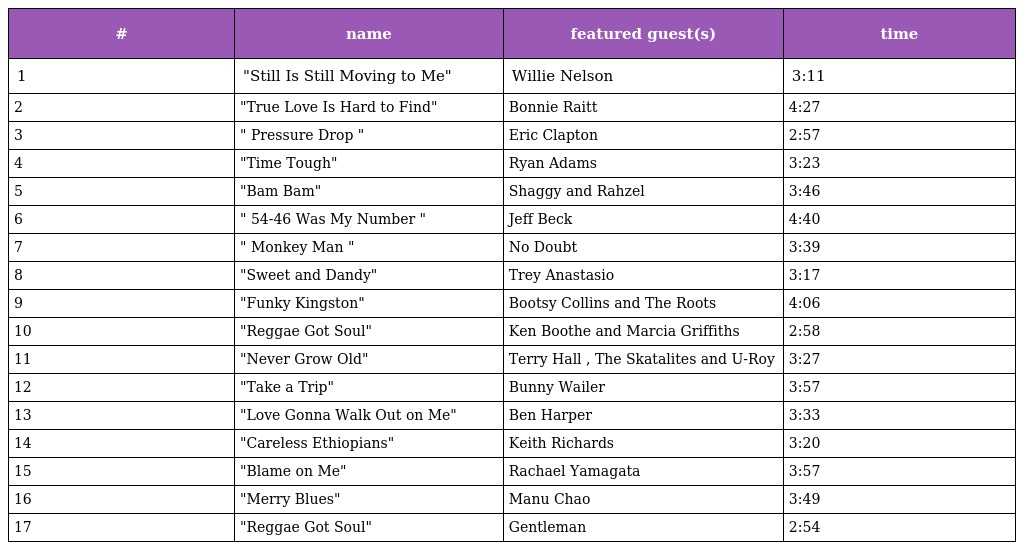
| # | name | featured guest(s) | time |
 | --- | --- | --- | --- |
 | 1 | "Still Is Still Moving to Me" | Willie Nelson | 3:11 |
 | 2 | "True Love Is Hard to Find" | Bonnie Raitt | 4:27 |
 | 3 | " Pressure Drop " | Eric Clapton | 2:57 |
 | 4 | "Time Tough" | Ryan Adams | 3:23 |
 | 5 | "Bam Bam" | Shaggy and Rahzel | 3:46 |
 | 6 | " 54-46 Was My Number " | Jeff Beck | 4:40 |
 | 7 | " Monkey Man " | No Doubt | 3:39 |
 | 8 | "Sweet and Dandy" | Trey Anastasio | 3:17 |
 | 9 | "Funky Kingston" | Bootsy Collins and The Roots | 4:06 |
 | 10 | "Reggae Got Soul" | Ken Boothe and Marcia Griffiths | 2:58 |
 | 11 | "Never Grow Old" | Terry Hall , The Skatalites and U-Roy | 3:27 |
 | 12 | "Take a Trip" | Bunny Wailer | 3:57 |
 | 13 | "Love Gonna Walk Out on Me" | Ben Harper | 3:33 |
 | 14 | "Careless Ethiopians" | Keith Richards | 3:20 |
 | 15 | "Blame on Me" | Rachael Yamagata | 3:57 |
 | 16 | "Merry Blues" | Manu Chao | 3:49 |
 | 17 | "Reggae Got Soul" | Gentleman | 2:54 |